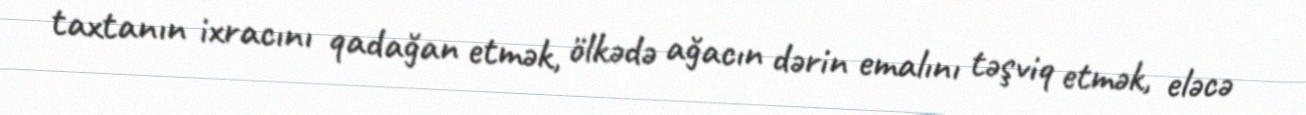
taxtanın ixracını qadağan etmək, ölkədə ağacın dərin emalını təşviq etmək, eləcə